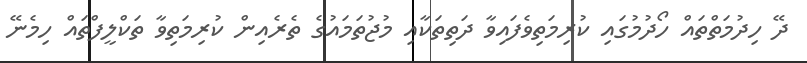
ދޭ ހިދުމަތްތައް ހޯދުމުގައި ކުރިމަތިވެފައިވާ ދަތިތަކާއި މުޖުތަމައުގެ ތެރެއިން ކުރިމަތިވާ ތަކްލީފްތައް ހިމެނޭ